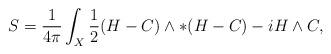
LaTeX: \begin{align*}S = \frac{1}{4 \pi} \int_X \frac{1}{2} (H - C) \wedge * (H - C) - i H \wedge C,\end{align*}